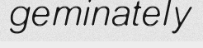
geminately